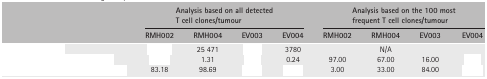
<table><thead><tr><td>[EMPTY_CELL]</td><td colspan="4"><b>Analysis based on all detected T cell clones/tumour</b></td><td colspan="4"><b>Analysis based on the 100 most frequent T cell clones/tumour</b></td></tr><tr><td><b>RMH002</b></td><td><b>RMH004</b></td><td><b>EV003</b></td><td><b>EV004</b></td><td><b>RMH002</b></td><td><b>RMH004</b></td><td><b>EV003</b></td><td><b>EV004</b></td></tr></thead><tbody><tr><td>[EMPTY_CELL]</td><td>[EMPTY_CELL]</td><td>25 471</td><td>[EMPTY_CELL]</td><td>3780</td><td>[EMPTY_CELL]</td><td>N/A</td><td>[EMPTY_CELL]</td><td>[EMPTY_CELL]</td></tr><tr><td>[EMPTY_CELL]</td><td>[EMPTY_CELL]</td><td>1.31</td><td>[EMPTY_CELL]</td><td>0.24</td><td>97.00</td><td>67.00</td><td>16.00</td><td>[EMPTY_CELL]</td></tr><tr><td>[EMPTY_CELL]</td><td>83.18</td><td>98.69</td><td>[EMPTY_CELL]</td><td>[EMPTY_CELL]</td><td>3.00</td><td>33.00</td><td>84.00</td><td>[EMPTY_CELL]</td></tr></tbody></table>